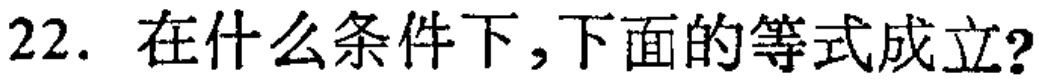
22. 在什么条件下,下面的等式成立?